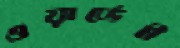
ওয়ার্ডেই